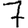
Digit: 7